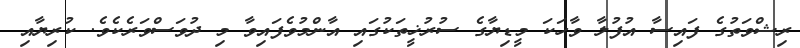
ރިޝްވަތުގެ ފައިސާ އުފުލާ ވާހަކަ މީޑިޔާގެ ސުރުޚީތަކުގައި އާންމުވެފައިވާ މި ދުވަސްވަރެކެވެ. ކުރިޔާއި